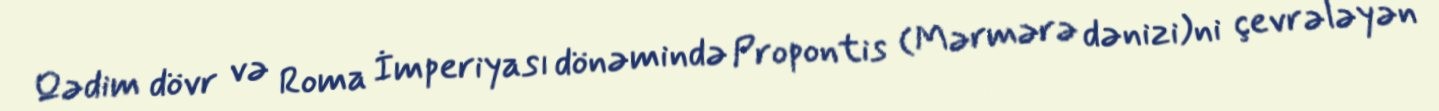
Qədim dövr və Roma İmperiyası dönəmində Propontis (Mərmərə dənizi)ni çevrələyən